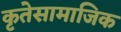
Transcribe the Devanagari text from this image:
कृतेसामाजिक